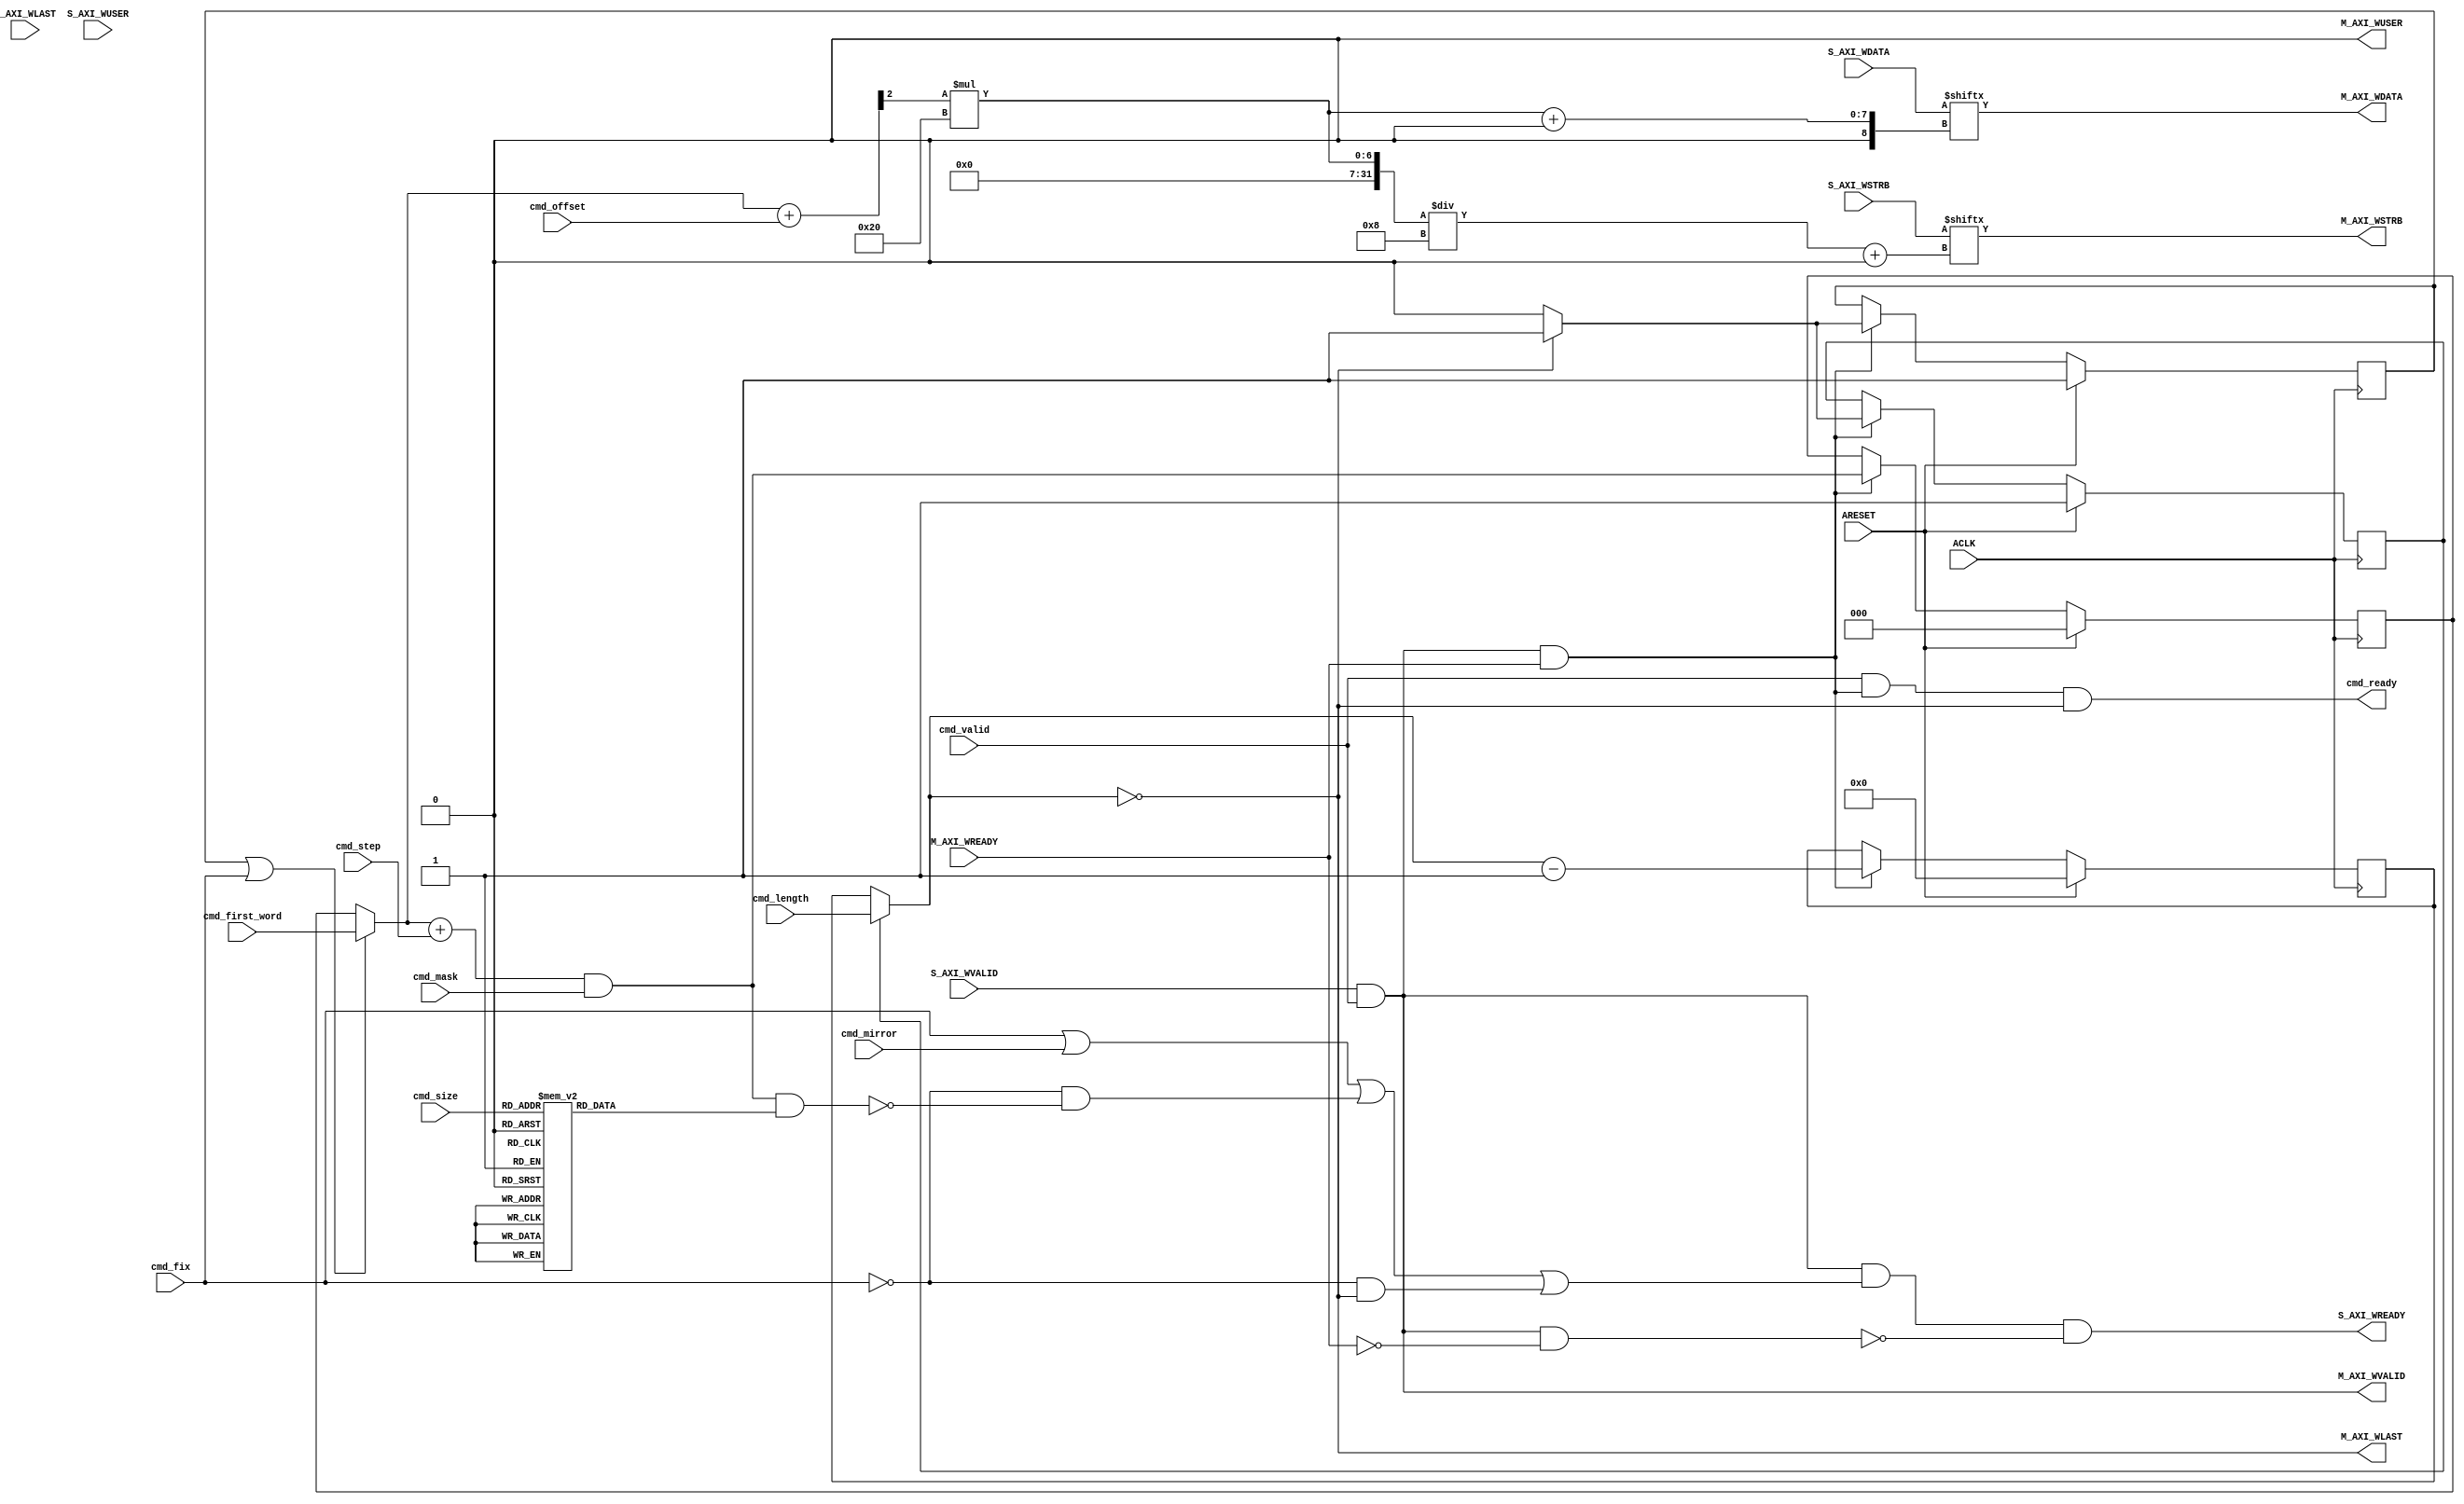
// -- (c) Copyright 2010 - 2011 Xilinx, Inc. All rights reserved.
// --
// -- This file contains confidential and proprietary information
// -- of Xilinx, Inc. and is protected under U.S. and 
// -- international copyright and other intellectual property
// -- laws.
// --
// -- DISCLAIMER
// -- This disclaimer is not a license and does not grant any
// -- rights to the materials distributed herewith. Except as
// -- otherwise provided in a valid license issued to you by
// -- Xilinx, and to the maximum extent permitted by applicable
// -- law: (1) THESE MATERIALS ARE MADE AVAILABLE "AS IS" AND
// -- WITH ALL FAULTS, AND XILINX HEREBY DISCLAIMS ALL WARRANTIES
// -- AND CONDITIONS, EXPRESS, IMPLIED, OR STATUTORY, INCLUDING
// -- BUT NOT LIMITED TO WARRANTIES OF MERCHANTABILITY, NON-
// -- INFRINGEMENT, OR FITNESS FOR ANY PARTICULAR PURPOSE; and
// -- (2) Xilinx shall not be liable (whether in contract or tort,
// -- including negligence, or under any other theory of
// -- liability) for any loss or damage of any kind or nature
// -- related to, arising under or in connection with these
// -- materials, including for any direct, or any indirect,
// -- special, incidental, or consequential loss or damage
// -- (including loss of data, profits, goodwill, or any type of
// -- loss or damage suffered as a result of any action brought
// -- by a third party) even if such damage or loss was
// -- reasonably foreseeable or Xilinx had been advised of the
// -- possibility of the same.
// --
// -- CRITICAL APPLICATIONS
// -- Xilinx products are not designed or intended to be fail-
// -- safe, or for use in any application requiring fail-safe
// -- performance, such as life-support or safety devices or
// -- systems, Class III medical devices, nuclear facilities,
// -- applications related to the deployment of airbags, or any
// -- other applications that could lead to death, personal
// -- injury, or severe property or environmental damage
// -- (individually and collectively, "Critical
// -- Applications"). Customer assumes the sole risk and
// -- liability of any use of Xilinx products in Critical
// -- Applications, subject only to applicable laws and
// -- regulations governing limitations on product liability.
// --
// -- THIS COPYRIGHT NOTICE AND DISCLAIMER MUST BE RETAINED AS
// -- PART OF THIS FILE AT ALL TIMES.
//-----------------------------------------------------------------------------
//
// Description: Write Data Down-Sizer
// Mirror data for simple accesses.
// Merge data for burst.
//
//
// Verilog-standard:  Verilog 2001
//--------------------------------------------------------------------------
//
// Structure:
//   w_downsizer
//
//--------------------------------------------------------------------------
`timescale 1ps/1ps

(* DowngradeIPIdentifiedWarnings="yes" *) 
module axi_interconnect_v1_7_w_downsizer #
  (
   parameter         C_FAMILY                         = "none", 
                       // FPGA Family. Current version: virtex6 or spartan6.
   parameter integer C_AXI_ID_WIDTH                   = 4, 
                       // Width of all ID signals on SI and MI side of converter.
                       // Range: >= 1.
   parameter         C_S_AXI_DATA_WIDTH               = 32'h00000040,
                       // Width of S_AXI_WDATA and S_AXI_RDATA.
                       // Format: Bit32;
                       // Range: 'h00000040, 'h00000080, 'h00000100.
   parameter         C_M_AXI_DATA_WIDTH               = 32'h00000020, 
                       // Width of M_AXI_WDATA and M_AXI_RDATA. 
                       // Assume always smaller than C_S_AXI_DATA_WIDTH.
                       // Format: Bit32; 
                       // Range: 'h00000020, 'h00000040, 'h00000080.
   parameter integer C_AXI_SUPPORTS_USER_SIGNALS      = 0,
                       // 1 = Propagate all USER signals, 0 = Dont propagate.
   parameter integer C_AXI_WUSER_WIDTH                = 1,
                       // Width of WUSER signals. 
                       // Range: >= 1.
   parameter integer C_SUPPORT_SPLITTING              = 1,
                       // Implement transaction splitting logic.
   parameter integer C_SUPPORT_BURSTS                 = 1,
                       // Disabled when all connected slaves and masters are AxiLite,
                       //   allowing logic to be simplified.
   parameter integer C_SINGLE_THREAD                  = 1,
                       // Allow multiple outstanding transactions only if the IDs are the same.
   parameter integer C_S_AXI_BYTES_LOG                = 3,
                       // Log2 of number of 32bit word on SI-side.
   parameter integer C_M_AXI_BYTES_LOG                = 2,
                       // Log2 of number of 32bit word on MI-side.
   parameter integer C_RATIO_LOG                      = 1
                       // Log2 of Up-Sizing ratio for data.
   )
  (
   // Global Signals
   input  wire                                                    ARESET,
   input  wire                                                    ACLK,

   // Command Interface
   input  wire                              cmd_valid,
   input  wire                              cmd_mirror,
   input  wire                              cmd_fix,
   input  wire [C_S_AXI_BYTES_LOG-1:0]      cmd_first_word, 
   input  wire [C_S_AXI_BYTES_LOG-1:0]      cmd_offset,
   input  wire [C_S_AXI_BYTES_LOG-1:0]      cmd_mask,
   input  wire [C_M_AXI_BYTES_LOG:0]        cmd_step,
   input  wire [3-1:0]                      cmd_size,
   input  wire [8-1:0]                      cmd_length,
   output wire                              cmd_ready,
   
   // Slave Interface Write Data Ports
   input  wire [C_S_AXI_DATA_WIDTH-1:0]     S_AXI_WDATA,
   input  wire [C_S_AXI_DATA_WIDTH/8-1:0]   S_AXI_WSTRB,
   input  wire                                                    S_AXI_WLAST,
   input  wire [C_AXI_WUSER_WIDTH-1:0]          S_AXI_WUSER,
   input  wire                                                    S_AXI_WVALID,
   output wire                                                    S_AXI_WREADY,

   // Master Interface Write Data Ports
   output wire [C_M_AXI_DATA_WIDTH-1:0]    M_AXI_WDATA,
   output wire [C_M_AXI_DATA_WIDTH/8-1:0]  M_AXI_WSTRB,
   output wire                                                   M_AXI_WLAST,
   output wire [C_AXI_WUSER_WIDTH-1:0]         M_AXI_WUSER,
   output wire                                                   M_AXI_WVALID,
   input  wire                                                   M_AXI_WREADY
   );

   
  /////////////////////////////////////////////////////////////////////////////
  // Variables for generating parameter controlled instances.
  /////////////////////////////////////////////////////////////////////////////
  
  
  /////////////////////////////////////////////////////////////////////////////
  // Local params
  /////////////////////////////////////////////////////////////////////////////
  
  // .
  localparam [24-1:0] C_DOUBLE_LEN       = 24'b0000_0000_0000_0000_1111_1111;
  
  
  /////////////////////////////////////////////////////////////////////////////
  // Functions
  /////////////////////////////////////////////////////////////////////////////
  
  
  /////////////////////////////////////////////////////////////////////////////
  // Internal signals
  /////////////////////////////////////////////////////////////////////////////

  // Sub-word handling.
  reg                             first_word;
  reg  [C_S_AXI_BYTES_LOG-1:0]    current_word_1;
  reg  [C_S_AXI_BYTES_LOG-1:0]    current_word;
  wire [C_S_AXI_BYTES_LOG-1:0]    current_word_adjusted;
  wire [C_RATIO_LOG-1:0]          current_index;
  wire                            last_beat;
  wire                            last_word;
  reg  [C_S_AXI_BYTES_LOG-1:0]    size_mask;
  
  // Sub-word handling for the next cycle.
  wire [C_S_AXI_BYTES_LOG-1:0]    next_word;
  
  // Burst length handling.
  reg                             first_mi_word;
  reg  [8-1:0]                    length_counter_1;
  reg  [8-1:0]                    length_counter;
  wire [8-1:0]                    next_length_counter;
  
  // Throttling help signals.
  wire                            word_completed;
  wire                            cmd_ready_i;
  wire                            pop_mi_data;
  wire                            mi_stalling;
  
  // Internal SI side control signals.
  wire                            S_AXI_WREADY_I;
  
  // Internal signals for MI-side.
  wire [C_M_AXI_DATA_WIDTH-1:0]   M_AXI_WDATA_I;
  wire [C_M_AXI_DATA_WIDTH/8-1:0] M_AXI_WSTRB_I;
  wire                            M_AXI_WLAST_I;
  wire [C_AXI_WUSER_WIDTH-1:0]    M_AXI_WUSER_I;
  wire                            M_AXI_WVALID_I;
  wire                            M_AXI_WREADY_I;
  
  
  /////////////////////////////////////////////////////////////////////////////
  // Handle interface handshaking:
  //
  // Determine if a SI-side word has been completely used. For FIX transactions
  // the SI-side word is used to extract a single data word. 
  // Otherwise is the SI-side word considered to be used when last MI-side beat
  // has been extracted or when the last (most significant) MI-side word has 
  // been extracted from the SI-side word.
  //
  // Data on the MI-side is available when data is being taken from SI-side.
  //
  // The command is popped from the command queue once the last beat on the 
  // MI-side has been ackowledged.
  // 
  /////////////////////////////////////////////////////////////////////////////
  
  // Generate address bits used for SI-side transaction size.
  always @ *
  begin
    case (cmd_size)
      3'b000: size_mask = C_DOUBLE_LEN[8 +: C_S_AXI_BYTES_LOG];
      3'b001: size_mask = C_DOUBLE_LEN[7 +: C_S_AXI_BYTES_LOG];
      3'b010: size_mask = C_DOUBLE_LEN[6 +: C_S_AXI_BYTES_LOG];
      3'b011: size_mask = C_DOUBLE_LEN[5 +: C_S_AXI_BYTES_LOG];
      3'b100: size_mask = C_DOUBLE_LEN[4 +: C_S_AXI_BYTES_LOG];
      3'b101: size_mask = C_DOUBLE_LEN[3 +: C_S_AXI_BYTES_LOG];
      3'b110: size_mask = C_DOUBLE_LEN[2 +: C_S_AXI_BYTES_LOG];
      3'b111: size_mask = C_DOUBLE_LEN[1 +: C_S_AXI_BYTES_LOG];  // Illegal setting.
    endcase
  end
  
  // Detect when SI-side word is completely used.
  assign word_completed = ( cmd_fix ) |
                          ( cmd_mirror ) |
                          ( ~cmd_fix & ( ( next_word & size_mask ) == {C_S_AXI_BYTES_LOG{1'b0}} ) ) | 
                          ( ~cmd_fix & last_word ) | 
                          ( C_SUPPORT_BURSTS == 0 );
  
  // Pop word from SI-side.
  assign S_AXI_WREADY_I = S_AXI_WVALID & cmd_valid & word_completed & ~mi_stalling;
  assign S_AXI_WREADY   = S_AXI_WREADY_I;
  
  // Indicate when there is data available @ MI-side.
  assign M_AXI_WVALID_I = S_AXI_WVALID & cmd_valid;
  
  // Get MI-side data.
  assign pop_mi_data    = M_AXI_WVALID_I & M_AXI_WREADY_I;
  
  // Signal that the command is done (so that it can be poped from command queue).
  assign cmd_ready_i    = cmd_valid & pop_mi_data & last_word;
  assign cmd_ready      = cmd_ready_i;
  
  // Detect when MI-side is stalling.
  assign mi_stalling    = M_AXI_WVALID_I & ~M_AXI_WREADY_I;
                          
  
  /////////////////////////////////////////////////////////////////////////////
  // Keep track of data extraction:
  // 
  // Current address is taken form the command buffer for the first data beat
  // to handle unaligned Read transactions. After this is the extraction 
  // address usually calculated from this point.
  // FIX transactions uses the same word address for all data beats. 
  // 
  // Next word address is generated as current word plus the current step 
  // size, with masking to facilitate sub-sized wraping. The Mask is all ones
  // for normal wraping, and less when sub-sized wraping is used.
  // 
  // The calculated word addresses (current and next) is offseted by the 
  // current Offset. For sub-sized transaction the Offset points to the least 
  // significant address of the included data beats. (The least significant 
  // word is not necessarily the first data to be extracted, consider WRAP).
  // Offset is only used for sub-sized WRAP transcation that are Complete.
  // 
  // First word is active during the first MI-side data beat.
  // 
  // First MI is set during the first MI-side data beat.
  //
  // The transaction length is taken from the command buffer combinatorialy
  // during the First MI cycle. For each generated MI word it is decreased 
  // until Last Beat is reached.
  // 
  // Last word is determined depending as the last MI-side word generated for 
  // the command (generated from the AW translation).
  // If burst aren't supported all MI-side words are concidered to be the last.
  //
  /////////////////////////////////////////////////////////////////////////////
  
  // Select if the offset comes from command queue directly or 
  // from a counter while when extracting multiple MI words per SI word
  always @ *
  begin
    if ( first_word | cmd_fix )
      current_word = cmd_first_word;
    else
      current_word = current_word_1;
  end
  
  // Calculate next word.
  assign next_word              = ( current_word + cmd_step ) & cmd_mask;
  
  // Calculate the word address with offset.
  assign current_word_adjusted  = current_word + cmd_offset;
  
  // Get the ratio bits (MI-side words vs SI-side words).
  assign current_index          = current_word_adjusted[C_S_AXI_BYTES_LOG-C_RATIO_LOG +: C_RATIO_LOG];
  
  // Prepare next word address.
  always @ (posedge ACLK) begin
    if (ARESET) begin
      first_word      <= 1'b1;
      current_word_1  <= 'b0;
    end else begin
      if ( pop_mi_data ) begin
        if ( M_AXI_WLAST_I ) begin
          // Prepare for next access.
          first_word      <=  1'b1;
        end else begin
          first_word      <=  1'b0;
        end
      
        current_word_1  <= next_word;
      end
    end
  end
  
  // Select command length or counted length.
  always @ *
  begin
    if ( first_mi_word )
      length_counter = cmd_length;
    else
      length_counter = length_counter_1;
  end
  
  // Calculate next length counter value.
  assign next_length_counter = length_counter - 1'b1;
  
  // Keep track of burst length.
  always @ (posedge ACLK) begin
    if (ARESET) begin
      first_mi_word    <= 1'b1;
      length_counter_1 <= 8'b0;
    end else begin
      if ( pop_mi_data ) begin
        if ( M_AXI_WLAST_I ) begin
          first_mi_word    <= 1'b1;
        end else begin
          first_mi_word    <= 1'b0;
        end
      
        length_counter_1 <= next_length_counter;
      end
    end
  end
  
  // Detect last beat in a burst.
  assign last_beat = ( length_counter == 8'b0 );
  
  // Determine if this last word that shall be extracted from this SI-side word.
  assign last_word = ( last_beat ) |
                     ( C_SUPPORT_BURSTS == 0 );
  
  
  /////////////////////////////////////////////////////////////////////////////
  // Select the SI-side word to write.
  // Data must be multiplexed but the other information can be reused 
  // directly (ID and USER).
  //
  // Last need special handling since it is the last MI-side word generated 
  // from the SI-side word that shall be marked.
  // Split transactions needs to insert new LAST transactions. So to simplify
  // is the LAST signal always generated.
  //
  /////////////////////////////////////////////////////////////////////////////
  
  // ID and USER is copied from the SI word to all MI word transactions.
  assign M_AXI_WUSER_I  = ( C_AXI_SUPPORTS_USER_SIGNALS ) ? S_AXI_WUSER : {C_AXI_WUSER_WIDTH{1'b0}};
  
  // Data has to be multiplexed.
  assign M_AXI_WDATA_I  = S_AXI_WDATA[current_index * C_M_AXI_DATA_WIDTH   +: C_M_AXI_DATA_WIDTH];
  assign M_AXI_WSTRB_I  = S_AXI_WSTRB[current_index * C_M_AXI_DATA_WIDTH/8 +: C_M_AXI_DATA_WIDTH/8];
  
  // Handle last flag, i.e. set for MI-side last word.
  assign M_AXI_WLAST_I  = last_word;
  
  
  /////////////////////////////////////////////////////////////////////////////
  // MI-side output handling
  /////////////////////////////////////////////////////////////////////////////
// TODO: registered?  
  assign M_AXI_WDATA    = M_AXI_WDATA_I;
  assign M_AXI_WSTRB    = M_AXI_WSTRB_I;
  assign M_AXI_WLAST    = M_AXI_WLAST_I;
  assign M_AXI_WUSER    = M_AXI_WUSER_I;
  assign M_AXI_WVALID   = M_AXI_WVALID_I;
  assign M_AXI_WREADY_I = M_AXI_WREADY;
  
  
endmodule